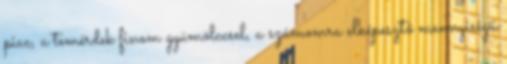
piac, a temérdek finom gyümölccsel, a számomra elképesztő mennyiségű